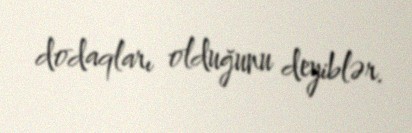
dodaqları olduğunu deyiblər.